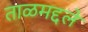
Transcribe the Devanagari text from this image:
ताळमद्दले